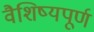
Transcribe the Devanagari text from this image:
वैशिष्यपूर्ण